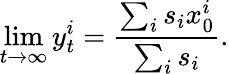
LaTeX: \operatorname*{lim}_{t\to\infty}y_{t}^{i}=\frac{\sum_{i}s_{i}x_{0}^{i}}{\sum_{i}s_{i}}.